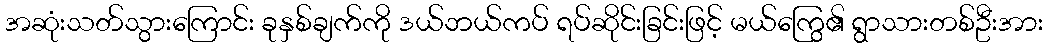
အဆုံးသတ်သွားကြောင်း ခုနှစ်ချက်ကို ဒယ်ဘယ်ကပ် ရပ်ဆိုင်းခြင်းဖြင့် မယ်ကြွေ၏ ရွာသားတစ်ဦးအား